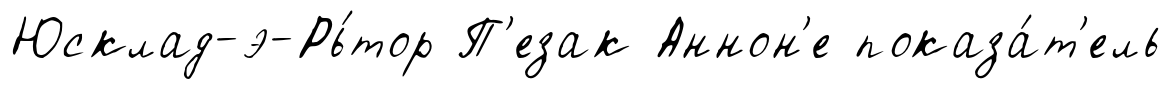
Юсклад-э-Рь́тор П'езак Аннон'е показа́т'ель